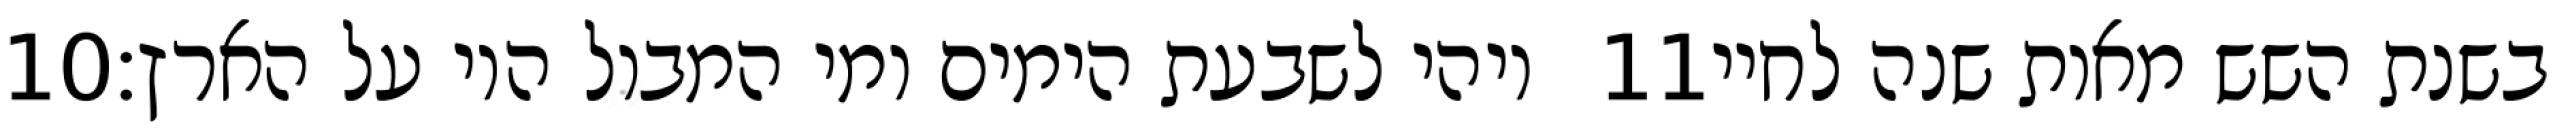
‎10‏ ויהי לשבעת הימים ומי המבול היו על הארץ׃ ‎11‏ בשנת השש מאות שנה לחיי